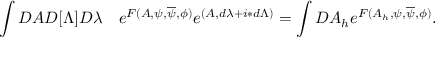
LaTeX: \int { \cal D } A { \cal D } [ \Lambda ] { \cal D } \lambda \quad e ^ { F ( A , \psi , \overline { { \psi } } , \phi ) } e ^ { ( A , d \lambda + i \ast d \Lambda ) } = \int { \cal D } A _ { h } e ^ { F ( A _ { h } , \psi , \overline { { \psi } } , \phi ) } .